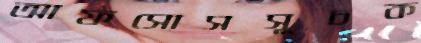
আফসোসসূচক